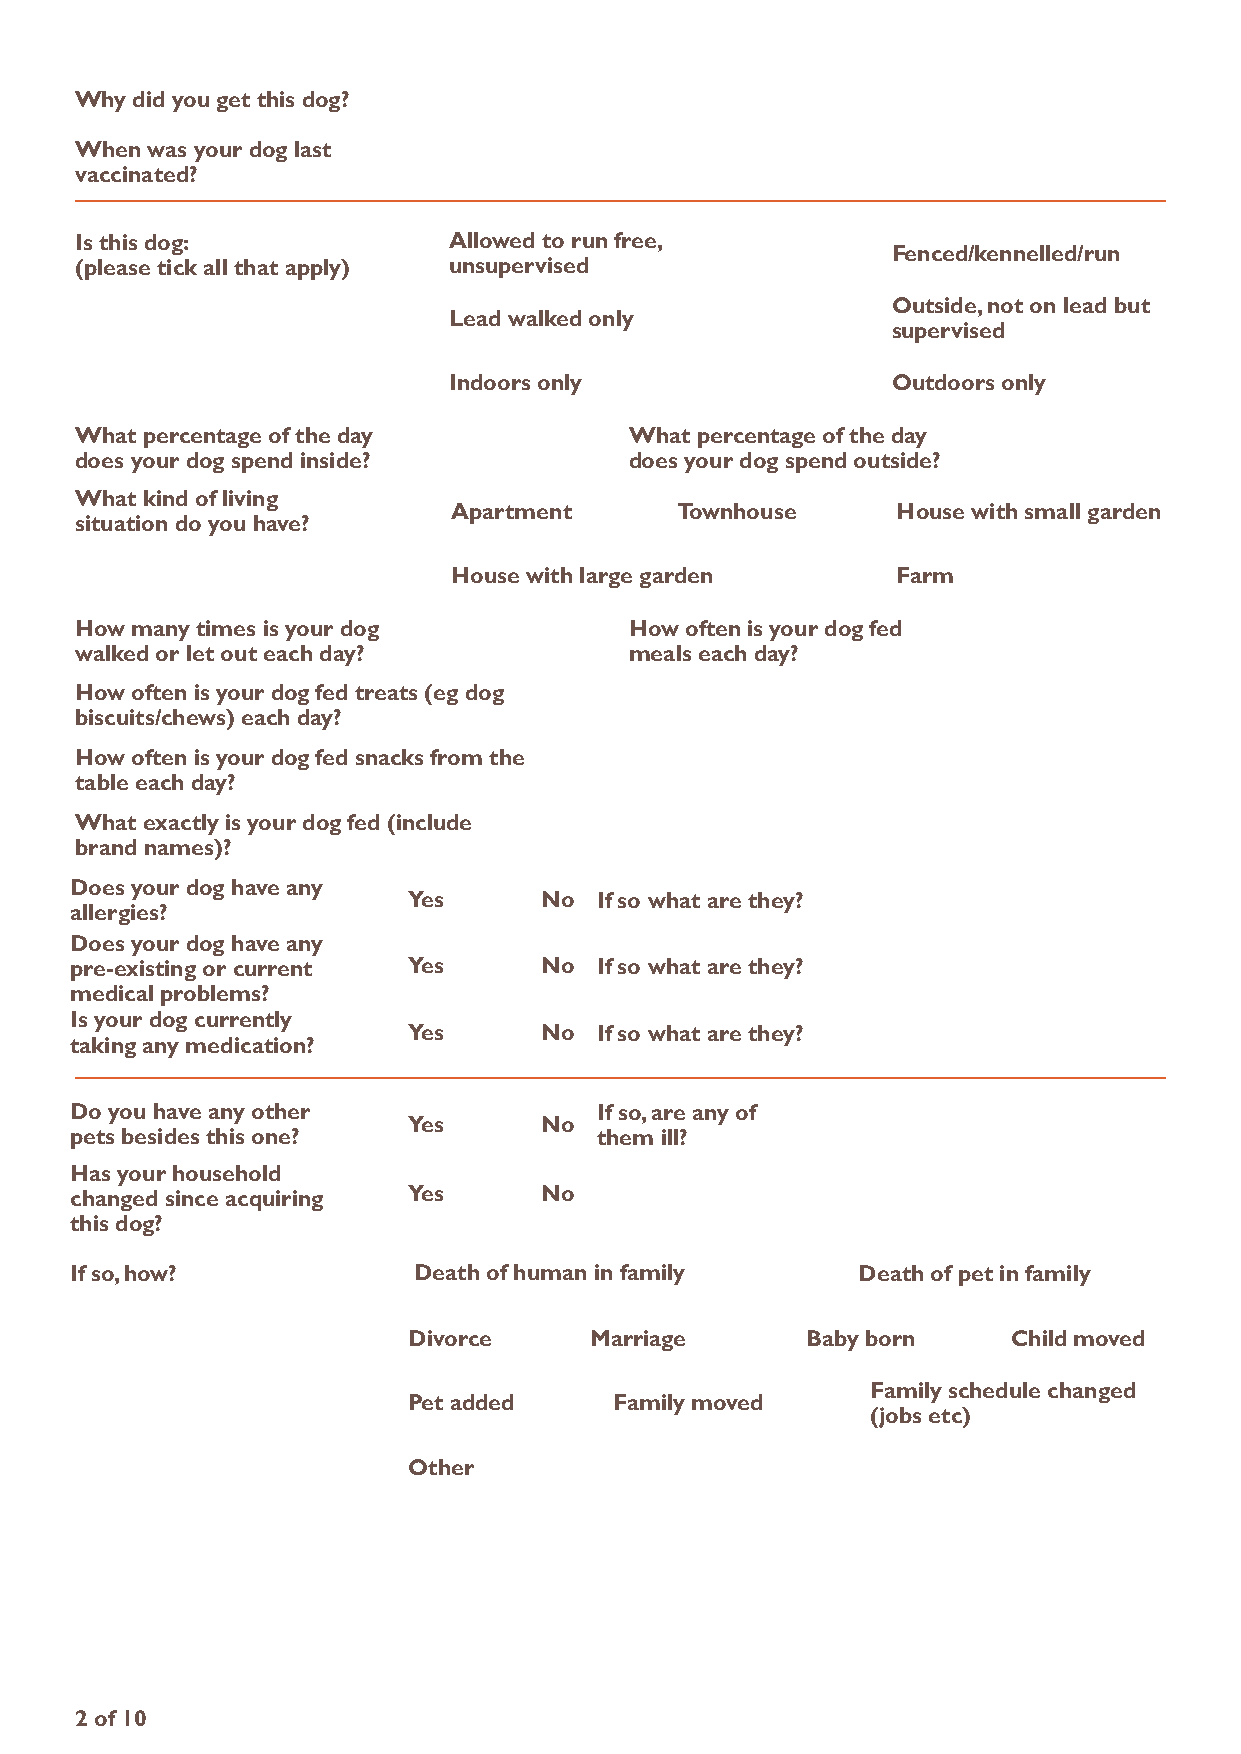
Why did you get this dog?
 When was your dog last
 vaccinated?
 is this dog:             allowed to run free,
 Fenced/kennelled/run
 (please tick all that apply) unsupervised
 outside, not on lead but
 Lead walked only
 supervised
 indoors only                 outdoors only
 What percentage of the day           What percentage of the day
 does your dog spend inside?          does your dog spend outside?
 What kind of living
 apartment      townhouse     house with small garden
 situation do you have?
 house with large garden      Farm
 how many times is your dog           how often is your dog fed
 walked or let out each day?          meals each day?
 how often is your dog fed treats (eg dog
 biscuits/chews) each day?
 how often is your dog fed snacks from the
 table each day?
 What exactly is your dog fed (include
 brand names)?
 Does your dog have any
 Yes      no if so what are they?
 allergies?
 Does your dog have any
 pre-existing or current Yes    no if so what are they?
 medical problems?
 is your dog currently
 Yes      no if so what are they?
 taking any medication?
 Do you have any other             if so, are any of
 Yes      no
 pets besides this one?            them ill?
 has your household
 changed since acquiring Yes    no
 this dog?
 if so, how?           Death of human in family      Death of pet in family
 Divorce     Marriage      baby born     Child moved
 Family schedule changed
 Pet added     Family moved
 (jobs etc)
 other
 2 of 10